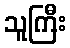
သူကြီး